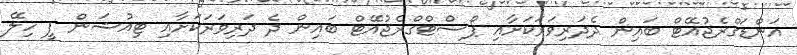
އަންޑަގްރެޖުއޭޓް ބައިން ދެދަރިވަރަކަށާއި ޕޯސްޓްގްރެޖުއޭޓް ބައިން ދެ ދަރިވަރަކަށާއި ޓިއުޝަން ފީ ހިލޭ